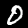
Label: 0